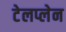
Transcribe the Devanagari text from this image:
टेलप्लेन